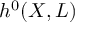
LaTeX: h ^ { 0 } ( X , L )